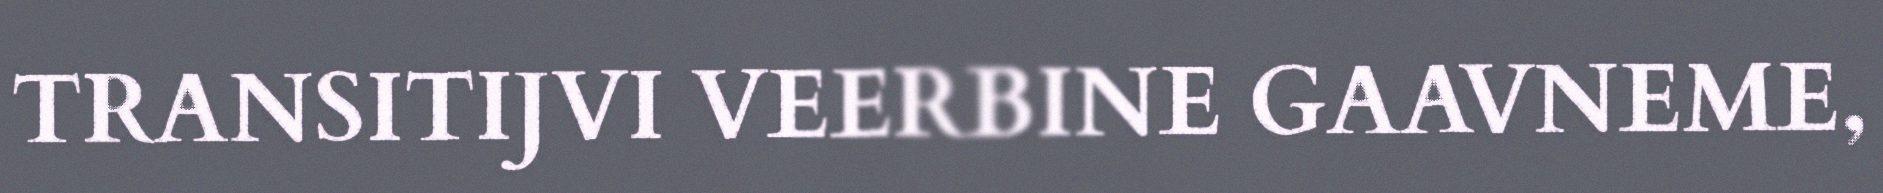
TRANSITIJVI VEERBINE GAAVNEME,